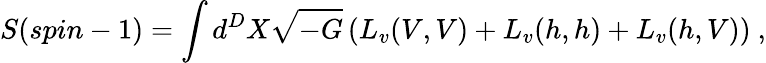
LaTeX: S(spin-1)=\int d^{D}X\sqrt{-G}\left(L_{v}(V,V)+L_{v}(h,h)+L_{v}(h,V)\right)~,